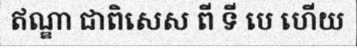
ឥណ្ឌា ជាពិសេស ពី ទី បេ ហើយ